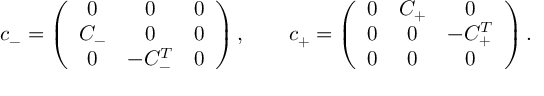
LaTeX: c _ { - } = \left( \begin{array} { c c c } { { 0 } } & { { 0 } } & { { 0 } } \\ { { C _ { - } } } & { { 0 } } & { { 0 } } \\ { { 0 } } & { { - C _ { - } ^ { T } } } & { { 0 } } \end{array} \right) , \qquad c _ { + } = \left( \begin{array} { c c c } { { 0 } } & { { C _ { + } } } & { { 0 } } \\ { { 0 } } & { { 0 } } & { { - C _ { + } ^ { T } } } \\ { { 0 } } & { { 0 } } & { { 0 } } \end{array} \right) .